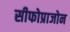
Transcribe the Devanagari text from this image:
सीफोप्राजोन